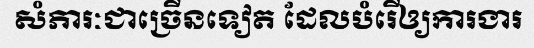
សំភារៈជាច្រើនទៀត ដែលបំរើឲ្យការងារ